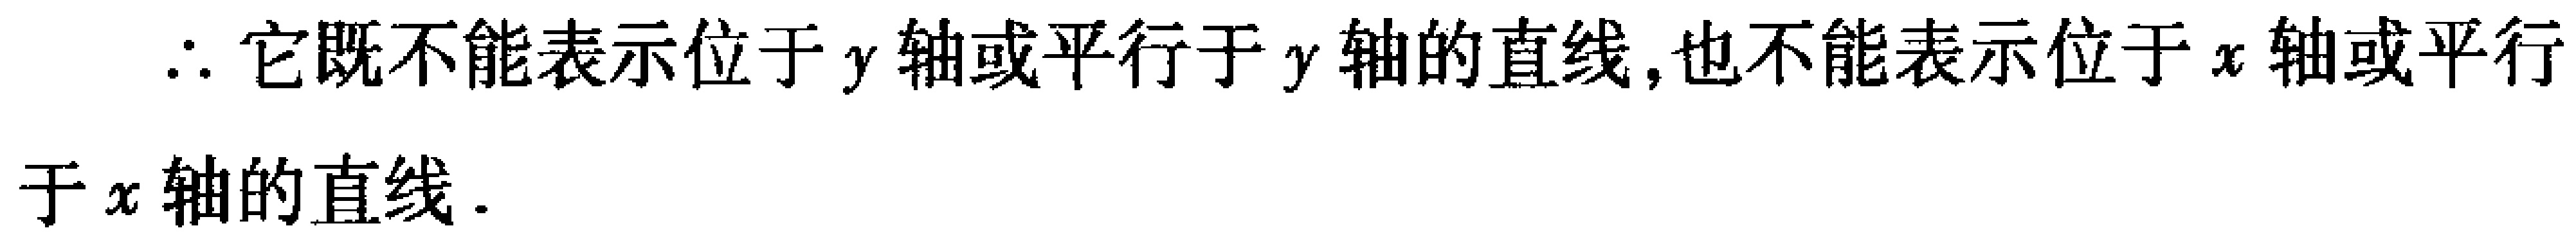
$\therefore$ 它既不能表示位于 $y$ 轴或平行于 $y$ 轴的直线,也不能表示位于 $x$ 轴或平行于 $x$ 轴的直线.